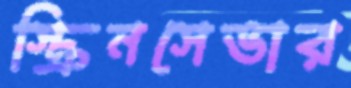
স্ক্রিনসেভার